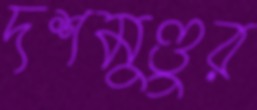
দশমুণ্ডুর